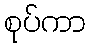
စုပ်ကာ